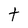
Character: t